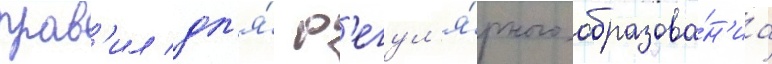
прав'ил дл'я́ р'егул'я́рного образова́н'иа